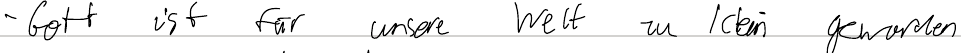
- Gott ist für unsere Welt zu klein geworden